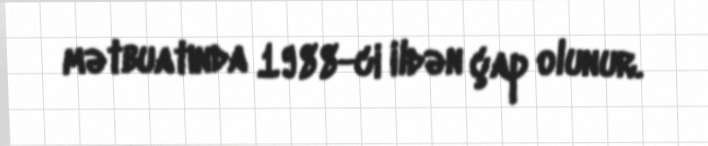
mətbuatında 1988-ci ildən çap olunur.